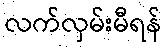
လက်လှမ်းမီရန်